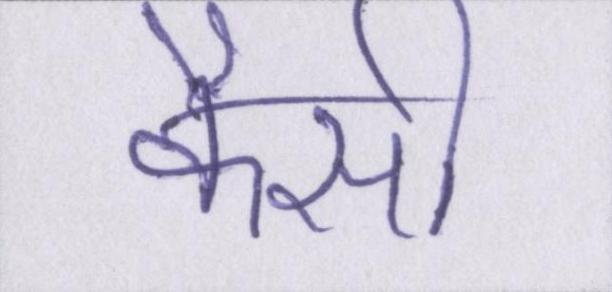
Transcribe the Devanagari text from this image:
कैसी